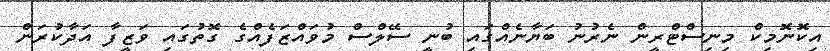
އިކޮނޮމިކް މިނިސްޓްރީން ނެރުނު ބަޔާނެއްގައި ބުނީ ސޭލްސް މުވައްޒަފެއްގެ ގޮތުގައި ވަޒީފާ އަދާކުރަން